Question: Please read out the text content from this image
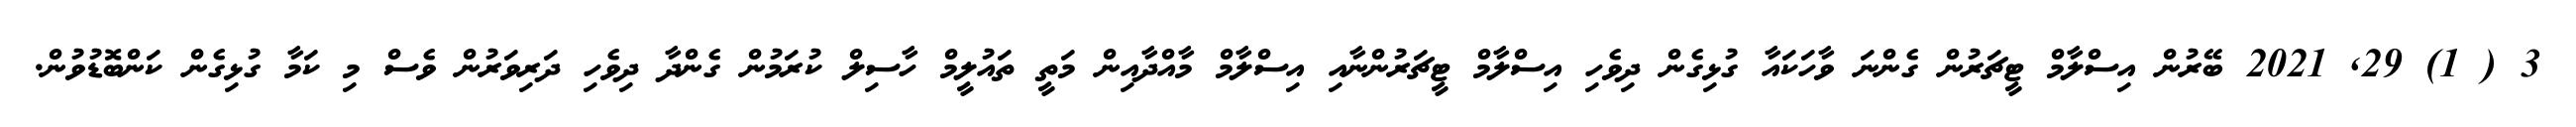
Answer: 3 ( 1) 29, 2021 ބޭރުން އިސްލާމް ޓީޗަރުން ގެންނަ ވާހަކައާ ގުޅިގެން ދިވެހި އިސްލާމް ޓީޗަރުންނާއި އިސްލާމް މާއްދާއިން މަތީ ތައުލީމް ހާސިލް ކުރަމުން ގެންދާ ދިވެހި ދަރިވަރުން ވެސް މި ކަމާ ގުޅިގެން ކަންބޮޑުވުން.